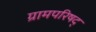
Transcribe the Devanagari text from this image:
ग्रामपरिषद्